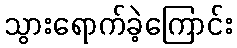
သွားရောက်ခဲ့ကြောင်း